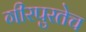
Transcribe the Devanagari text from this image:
गीरपुरतेच